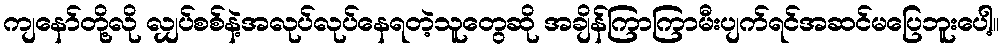
ကျနော်တို့လို လျှပ်စစ်နဲ့အလုပ်လုပ်နေရတဲ့သူတွေဆို အချိန်ကြာကြာမီးပျက်ရင်အဆင်မပြေဘူးပေါ့။